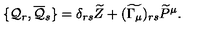
\{ { \cal { Q } } _ { r } , \overline { { { \cal { Q } } } } _ { s } \} = \delta _ { r s } \widetilde { Z } + ( \widetilde { \Gamma _ { \mu } } ) _ { r s } \widetilde { P } ^ { \mu } .